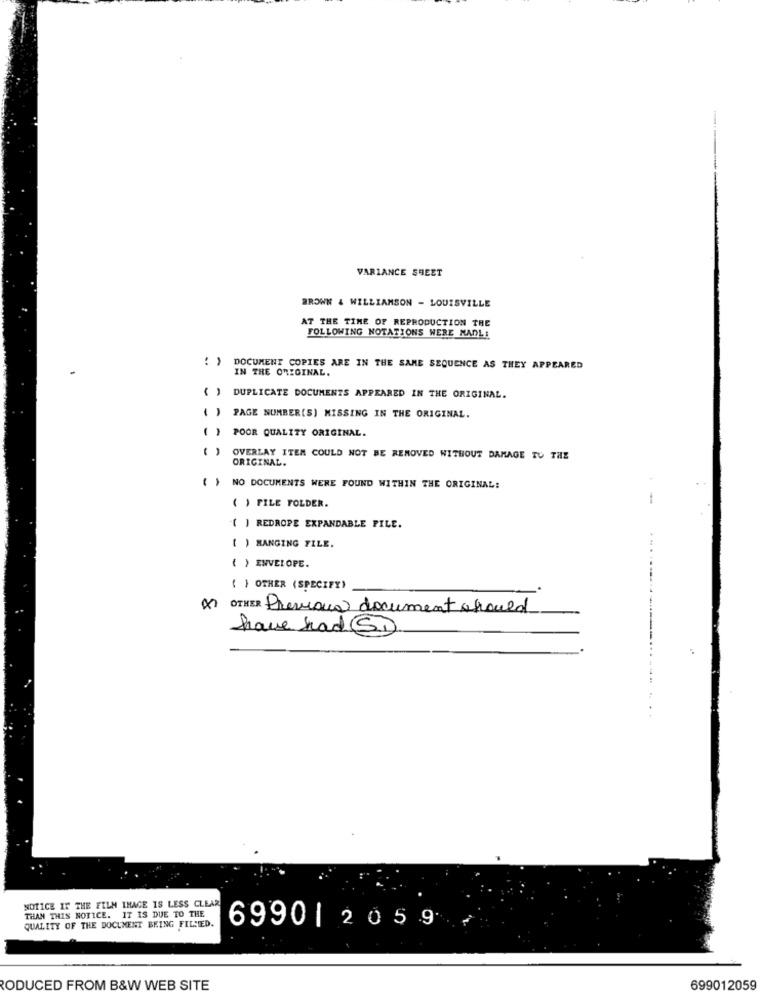
VARIANCE SHEET
BROWN & WILLIAMSON - LOUISVILLE
AT THE TIME OF REPRODUCTION THE
FOLLOWING NOTATIONS WERE MADLI
( ) DOCUMENT COPIES ARE IN THE SAME SEQUENCE AS THEY APPEARED
IN THE ORIGINAL.
( ) DUPLICATE DOCUMENTS APPEARED IN THE ORIGINAL.
PAGE NUMBER(S) MISSING IN THE ORIGINAL.
( )
POOR QUALITY ORIGINAL.
OVERLAY ITEM COULD NOT BE REMOVED WITHOUT DAMAGE TO THE
ORIGINAL.
NO DOCUMENTS WERE FOUND WITHIN THE ORIGINAL:
( ) FILE FOLDER.
( ) REDROPE EXPANDABLE FILE.
( ) RANGING FILE.
( ) ENVELOPE.
{ } OTHER (SPECIFY)
OTHER Previous document should
have had SI
NOTICE IT THE FILM IMAGE IS LESS CLEAR
THAN THIS NOTICE. IT IS DUE TO THE
QUALITY OF THE DOCUMENT BEING FILLED.
6990| 2059
RODUCED FROM B&W WEB SITE
699012059